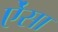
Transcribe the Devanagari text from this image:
ऐंसा